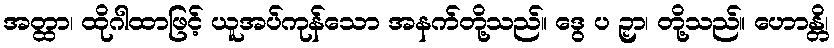
အတ္ထာ၊ ထိုဂါထာဖြင့် ယူအပ်ကုန်သော အနက်တို့သည်။ ဒွေ ပ ဉှာ၊ တို့သည်။ ဟောန္တိ၊